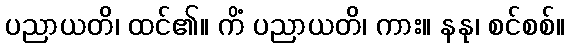
ပညာယတိ၊ ထင်၏။ ကိံ ပညာယတိ၊ ကား။ နနု၊ စင်စစ်။